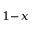
_ { 1 - x }